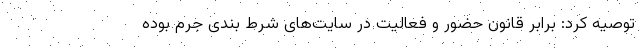
توصیه کرد: برابر قانون حضور و فعالیت در سایت‌های شرط بندی جرم بوده